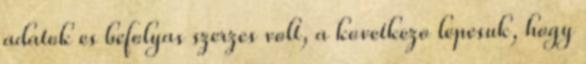
adatok es befolyas szerzes volt, a kovetkezo lepesuk, hogy